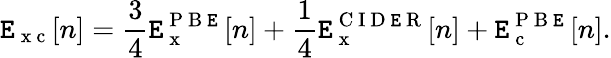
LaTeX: \mathtt{E}_{\mathrm{{~x~c~}}}[n]=\frac{{3}}{{4}}\mathtt{E}_{\mathrm{{~x~}}}^{\mathrm{{~P~B~\mathtt{E}~}}}[n]+\frac{{1}}{{4}}\mathtt{E}_{\mathrm{{~x~}}}^{\mathrm{{~C~I~D~\mathtt{E}~R~}}}[n]+\mathtt{E}_{\mathrm{{~c~}}}^{\mathrm{{~P~B~\mathtt{E}~}}}[n].